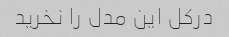
درکل این مدل را نخرید